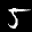
Label: 5